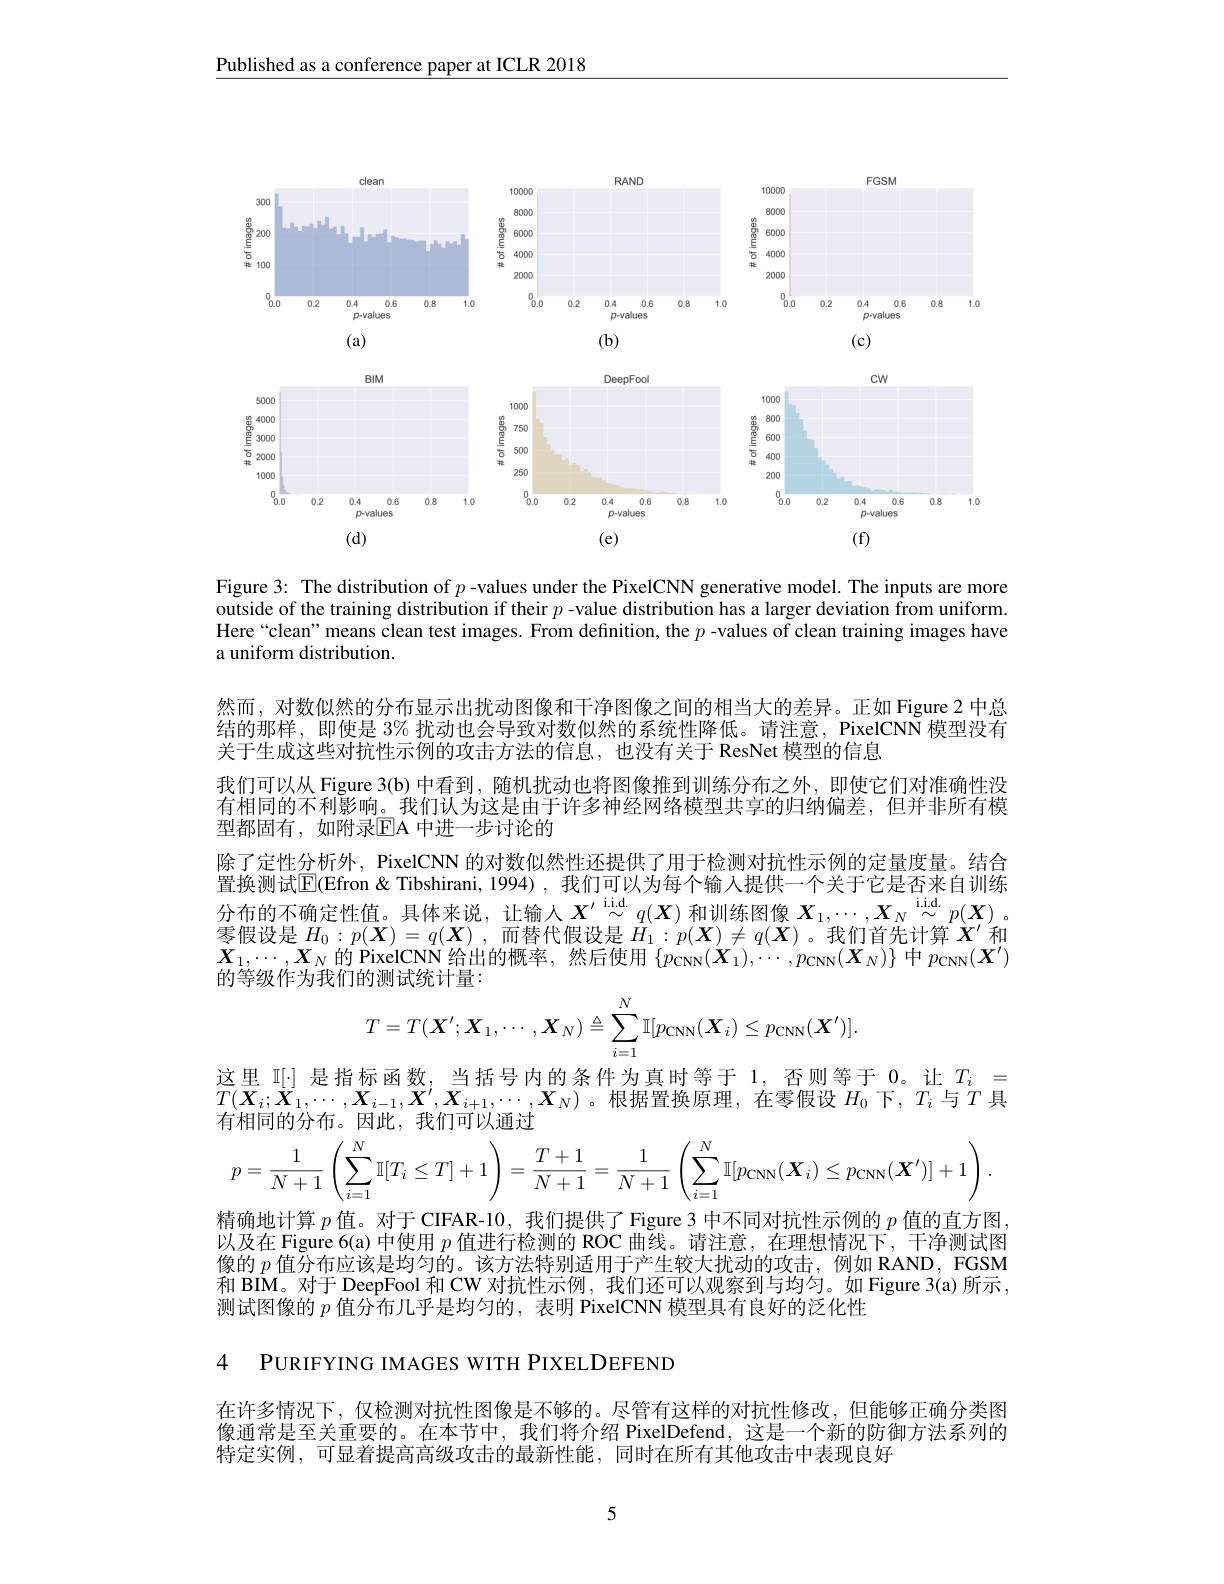
Published as a conference paper at ICLR 2018

<FigureHere>

Figure 3: The distribution of $p$ -values under the PixelCNN generative model. The inputs are more outside of the training distribution if their $p$ -value distribution has a larger deviation from uniform. Here“clean”means clean test images. From definition, the $p$ -values of clean training images have a uniform distribution.

然而，对数似然的分布显示出扰动图像和干净图像之间的相当大的差异。正如 Figure 2 中总结的那样，即使是 3% 扰动也会导致对数似然的系统性降低。请注意，PixelCNN 模型没有关于生成这些对抗性示例的攻击方法的信息，也没有关于 ResNet 模型的信息
我们可以从 Figure 3(b) 中看到，随机扰动也将图像推到训练分布之外，即使它们对准确性没有相同的不利影响。我们认为这是由于许多神经网络模型共享的归纳偏差，但并非所有模型都固有，如附录ElA 中进一步讨论的
除了定性分析外，PixelCNN 的对数似然性还提供了用于检测对抗性示例的定量度量。结合置换测试$\overline{\mathbb{E}}($Efron & Tibshirani, 1994) , 我们可以为每个输入提供一个关于它是否来自训练分布的不确定性值。具体来说，让输入$X^{\prime}\overset{\mathrm{i.i.d.}}{\operatorname*{\sim}}q(\boldsymbol{X})$ 和训练图像 $\boldsymbol{X}_1,\cdots,\boldsymbol{X}_N\overset{\mathrm{i.i.d.}}{\operatorname*{\sim}}p(\boldsymbol{X})$ 。零假设是$H_0:p(\boldsymbol{X})=q(\boldsymbol{X})$ ,而替代假设是$H_1:p(\boldsymbol{X})\neq q(\boldsymbol{X})$ 。我们首先计算$X^\prime$和$X_{1,\cdots,X_{N}\text{ 的 PixelCNN 给出的概率，然后使用 }\{p_{\mathrm{CNN}}(\boldsymbol{X}_{1}),\cdots,p_{\mathrm{CNN}}(\boldsymbol{X}_{N})\}\text{ 中 }p_{\mathrm{CNN}}(\boldsymbol{X}^{\prime})}$ 的等级作为我们的测试统计量：
$$T=T(\boldsymbol{X}';\boldsymbol{X}_1,\cdots,\boldsymbol{X}_N)\triangleq\sum_{i=1}^N\mathbb{I}[p_{\mathrm{CNN}}(\boldsymbol{X}_i)\leq p_{\mathrm{CNN}}(\boldsymbol{X}')].$$
$\begin{array}{rcl}\text{这里 I[] 是指标函数，当括号内的条件为真时等于 1,否则等于 0。让 }T_{i}&=\\T(\boldsymbol{X}_{i};\boldsymbol{X}_{1},\cdots,\boldsymbol{X}_{i-1},\boldsymbol{X}^{\prime},\boldsymbol{X}_{i+1},\cdots,\boldsymbol{X}_{N})\text{。根据置换原理，在零假设 }H_{0}\text{下，}T_{i}\text{ 与 }T\end{array}$具
有相同的分布。因此，我们可以通过
$$p=\frac{1}{N+1}\left(\sum_{i=1}^{N}\mathbb{I}[T_{i}\leq T]+1\right)=\frac{T+1}{N+1}=\frac{1}{N+1}\left(\sum_{i=1}^{N}\mathbb{I}[p_{\mathrm{CNN}}(\boldsymbol{X}_{i})\leq p_{\mathrm{CNN}}(\boldsymbol{X}^{\prime})]+1\right).$$
精确地计算$p$值。对于 CIFAR-10, 我们提供了 Figure 3 中不同对抗性示例的$p$值的直方图， 以及在 Figure 6(a) 中使用$p$值进行检测的 ROC 曲线。请注意，在理想情况下，干净测试图像的$\bar{p\text{ 值分布应该是均匀的。该方法特别适用于产生较大扰动的攻击，例如 RAND,FGSM}}$ 和 BIM。对于 DeepFool 和 CW 对抗性示例，我们还可以观察到与均匀。如 Figure 3(a) 所示， 测试图像的$p$值分布几乎是均匀的，表明 PixelCNN 模型具有良好的泛化性
4 PURIFYING IMAGES WITH PIXELDEFEND

在许多情况下，仅检测对抗性图像是不够的。尽管有这样的对抗性修改，但能够正确分类图像通常是至关重要的。在本节中，我们将介绍 PixelDefend, 这是一个新的防御方法系列的特定实例，可显着提高高级攻击的最新性能，同时在所有其他攻击中表现良好

5